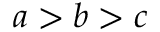
a > b > c